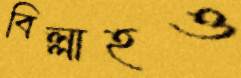
বিল্লাহও